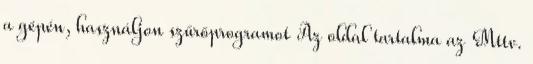
a gépén, használjon szűrőprogramot Az oldal tartalma az Mttv.